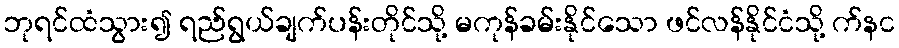
ဘုရင်ထံသွား၍ ရည်ရွယ်ချက်ပန်းတိုင်သို့ မကုန်ခမ်းနိုင်သော ဖင်လန်နိုင်ငံသို့ က်နင